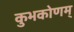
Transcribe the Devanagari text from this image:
कुभकोणम्